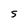
Character: g